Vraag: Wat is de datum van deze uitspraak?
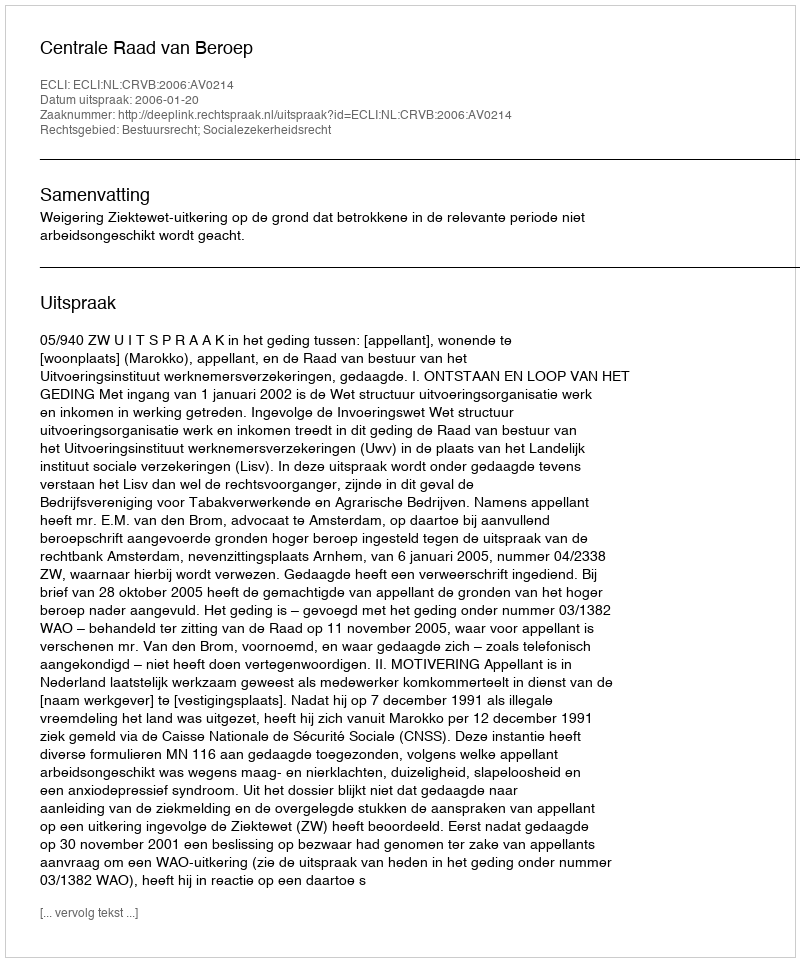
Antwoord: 2006-01-20